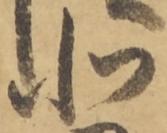
北